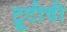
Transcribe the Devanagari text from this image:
ट्रूटीवी